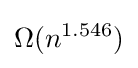
\Omega (n^{1.546})